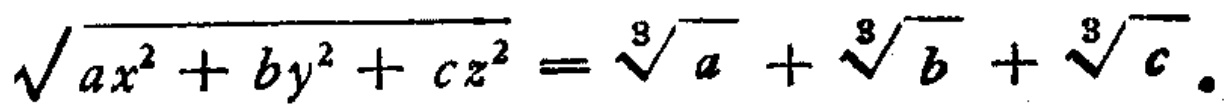
\(\sqrt{ax^{2}+by^{2}+cz^{2}}=\sqrt[3]{a}+\sqrt[3]{b}+\sqrt[3]{c}\)